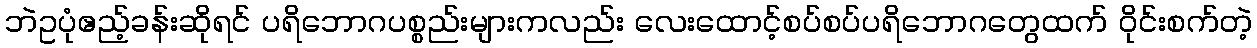
ဘဲဥပုံဧည့်ခန်းဆိုရင် ပရိဘောဂပစ္စည်းများကလည်း လေးထောင့်စပ်စပ်ပရိဘောဂတွေထက် ဝိုင်းစက်တဲ့